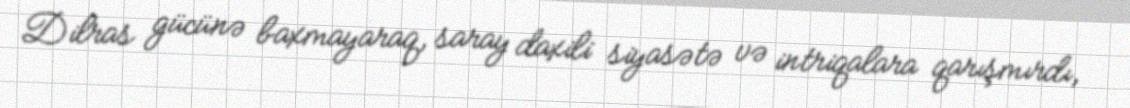
Dilras gücünə baxmayaraq, saray daxili siyasətə və intriqalara qarışmırdı,